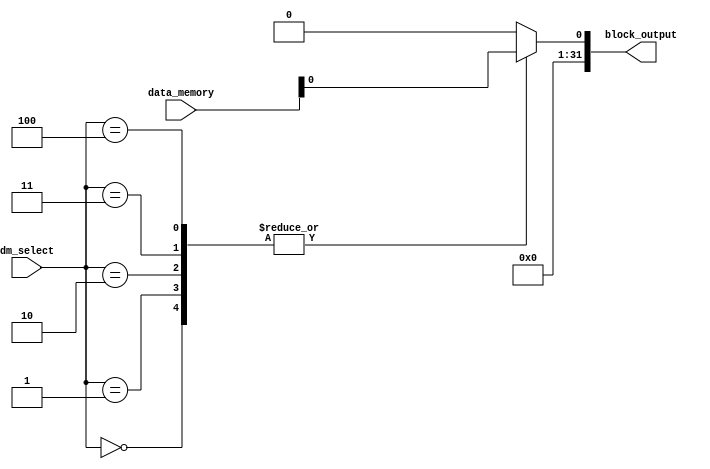
`timescale 1ns / 1ps
//////////////////////////////////////////////////////////////////////////////////
// Company: 
// Engineer: 
// 
// Design Name: 
// Module Name: loadblock
// Project Name: 
// Target Devices: 
// Tool Versions: 
// Description: 
// 
// Dependencies: 
// 
// Revision:
// Revision 0.01 - File Created
// Additional Comments:
// 
//////////////////////////////////////////////////////////////////////////////////



module loadblock(data_memory,block_output,dm_select);
  input [31:0] data_memory;
  output reg [31:0] block_output;
  input [2:0] dm_select;
    assign lb={ {24{data_memory[7]}},data_memory[7:0]};
    assign lh={ {16{data_memory[15]}} ,data_memory[15:0]};
    assign lw=data_memory[31:0];
    assign lbu={ 24'b0,data_memory[7:0]};
    assign lhu={ 16'b0,data_memory[15:0]};
     always @(*) begin
        case (dm_select)
            3'b000: block_output = lb; // Select lb
            3'b001: block_output = lh; // Select lh
            3'b010: block_output = lw; // Select lw
            3'b011: block_output = lbu; // Select lbu
            3'b100: block_output = lhu; // Select lhu
            default: block_output = 32'b0; // default case
        endcase
    end
endmodule